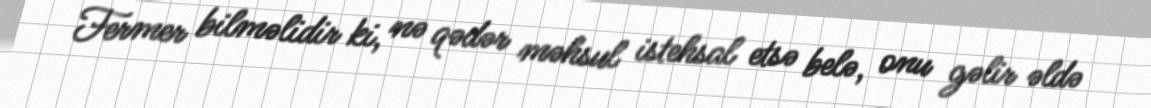
Fermer bilməlidir ki, nə qədər məhsul istehsal etsə belə, onu gəlir əldə